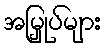
အမြှုပ်များ